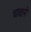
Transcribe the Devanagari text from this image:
धावाने